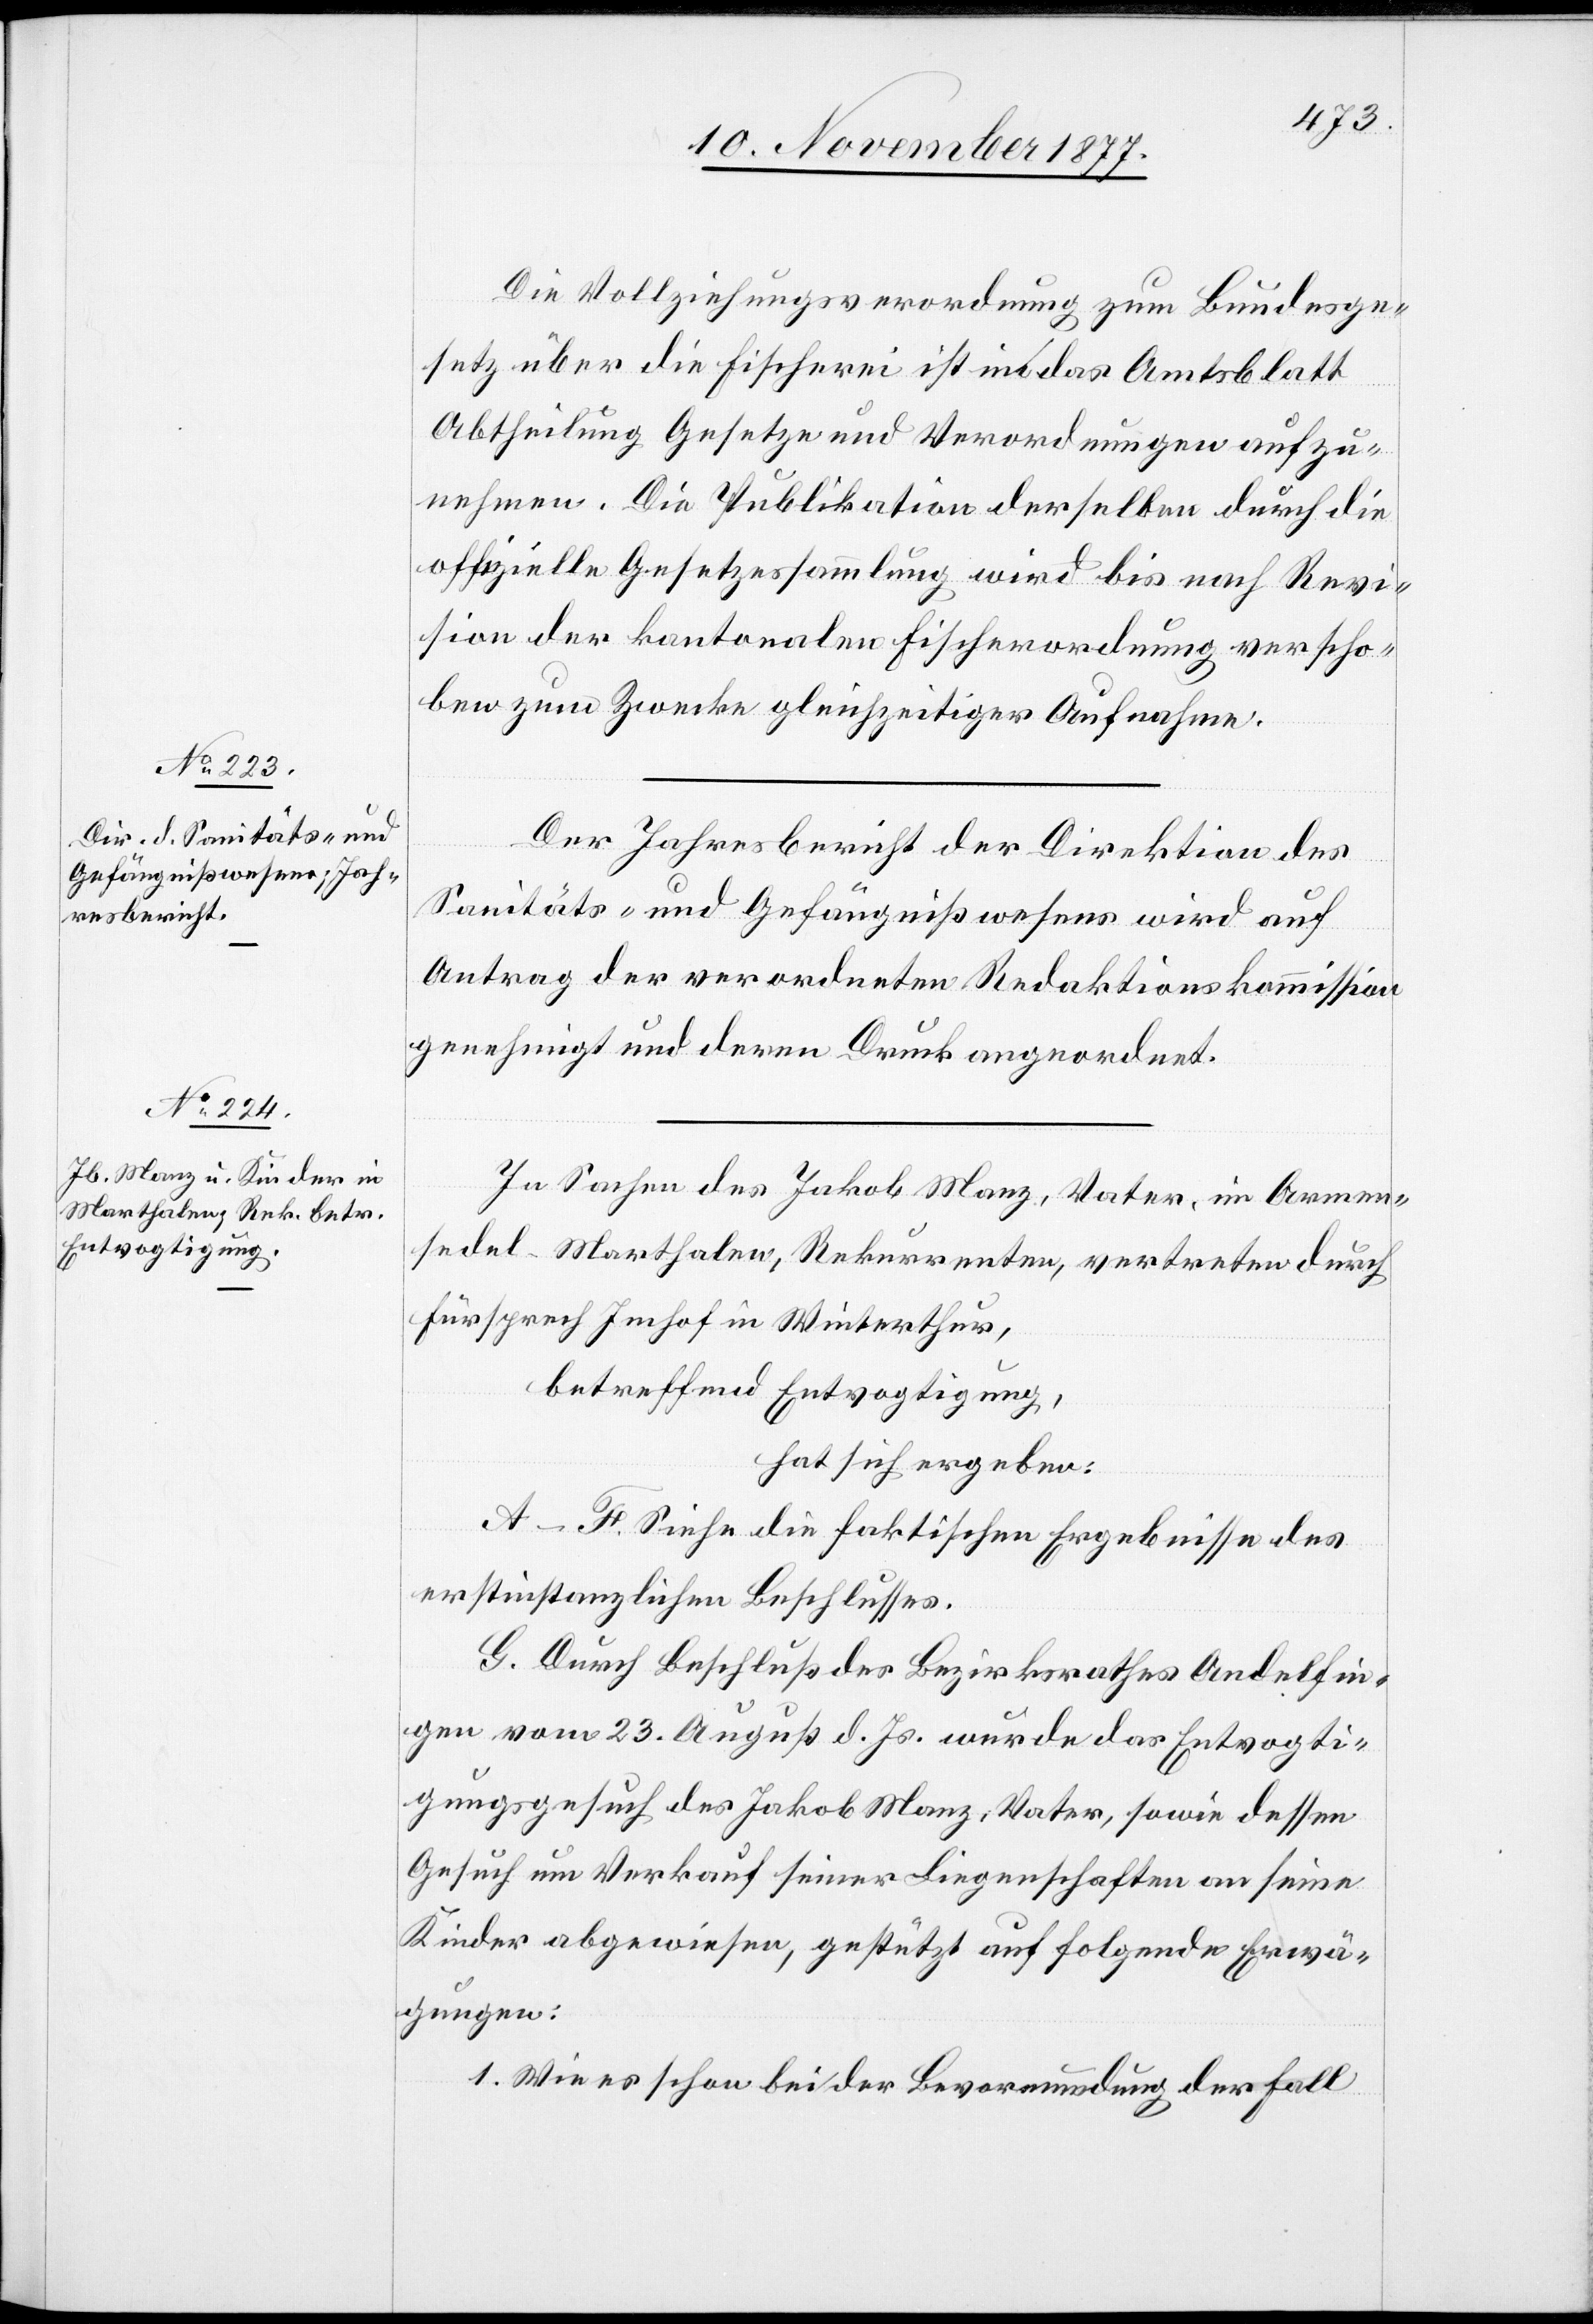
Die Vollziehungsverordnung zum Bundesge¬
setz über die Fischerei ist in das Amtsblatt
Abtheilung Gesetze und Verordnungen aufzu¬
nehmen. Die Publikation derselben durch die
offizielle Gesetzessammlung wird bis nach Revi¬
sion der kantonalen Fischerordnung verscho¬
ben zum Zwecke gleichzeitiger Aufnahme.
Der Jahresbericht der Direktion des
Sanitäts- und Gefängnißwesens wird auf
Antrag der verordneten Redaktionskommission
genehmigt und deren Druck angeordnet.
In Sachen des Jakob Manz, Vater, im Armen¬
sedel - Marthalen, Rekurrenten, vertreten durch
Fürsprech Imhof in Winterthur,
betreffend Entvogtigung,
hat sich ergeben:
A–F. Siehe die faktischen Ergebnisse des
erstinstanzlichen Beschlusses.
G. Durch Beschluß des Bezirksrathes Andelfin¬
gen vom 23. August d. Js. wurde das Entvogti¬
gungsgesuch des Jakob Manz, Vater, sowie dessen
Gesuch um Verkauf seiner Liegenschaften an seine
Kinder abgewiesen, gestützt auf folgende Erwä¬
gungen:
„1. Wie es schon bei der Bevormundung der Fall